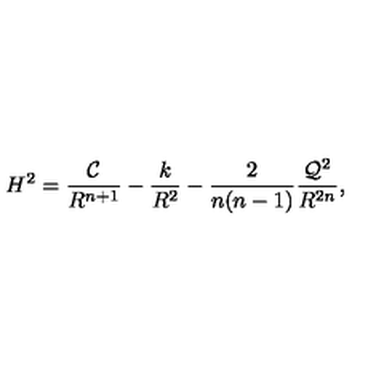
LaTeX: H ^ { 2 } = \frac { { \cal C } } { R ^ { n + 1 } } - \frac { k } { R ^ { 2 } } - \frac { 2 } { n ( n - 1 ) } \frac { { \cal Q } ^ { 2 } } { R ^ { 2 n } } ,